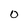
Character: 0